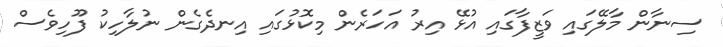
ސިނާން މާލޭގައި ވަޒީފާގައި އުޅޭ އިރު އަހަރެން މިކޮޅުގައި އިނދެގެން ނުލާހިކު ފޫހިވެސް